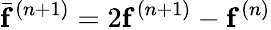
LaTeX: \bar{\mathbf{f}}^{(n+1)}=2\mathbf{f}^{(n+1)}-\mathbf{f}^{(n)}